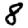
Digit: 8